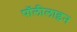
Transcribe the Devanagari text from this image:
पॉलीलाइन